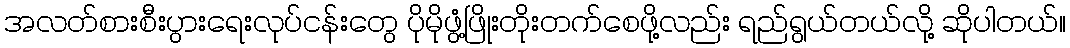
အလတ်စားစီးပွားရေးလုပ်ငန်းတွေ ပိုမိုဖွံ့ဖြိုးတိုးတက်စေဖို့လည်း ရည်ရွယ်တယ်လို့ ဆိုပါတယ်။